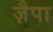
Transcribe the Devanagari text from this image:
ज़ैपा